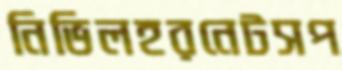
নিভিলহরনেটসপ